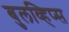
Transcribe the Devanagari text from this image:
बुलव्हिप्स